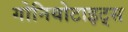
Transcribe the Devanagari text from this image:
गोनियोटाइट्स